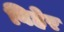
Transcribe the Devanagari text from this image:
बिहेर